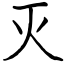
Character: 灭